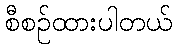
စီစဉ်ထားပါတယ်